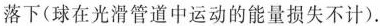
落下(球在光滑管道中运动的能量损失不计).